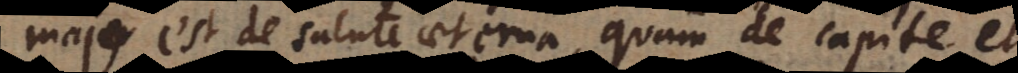
major est de salute aeterna, quam de capite et